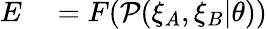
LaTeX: \begin{array}{rl}{E}&{{}=F(\mathcal{P}(\xi_{A},\xi_{B}|\theta))}\end{array}